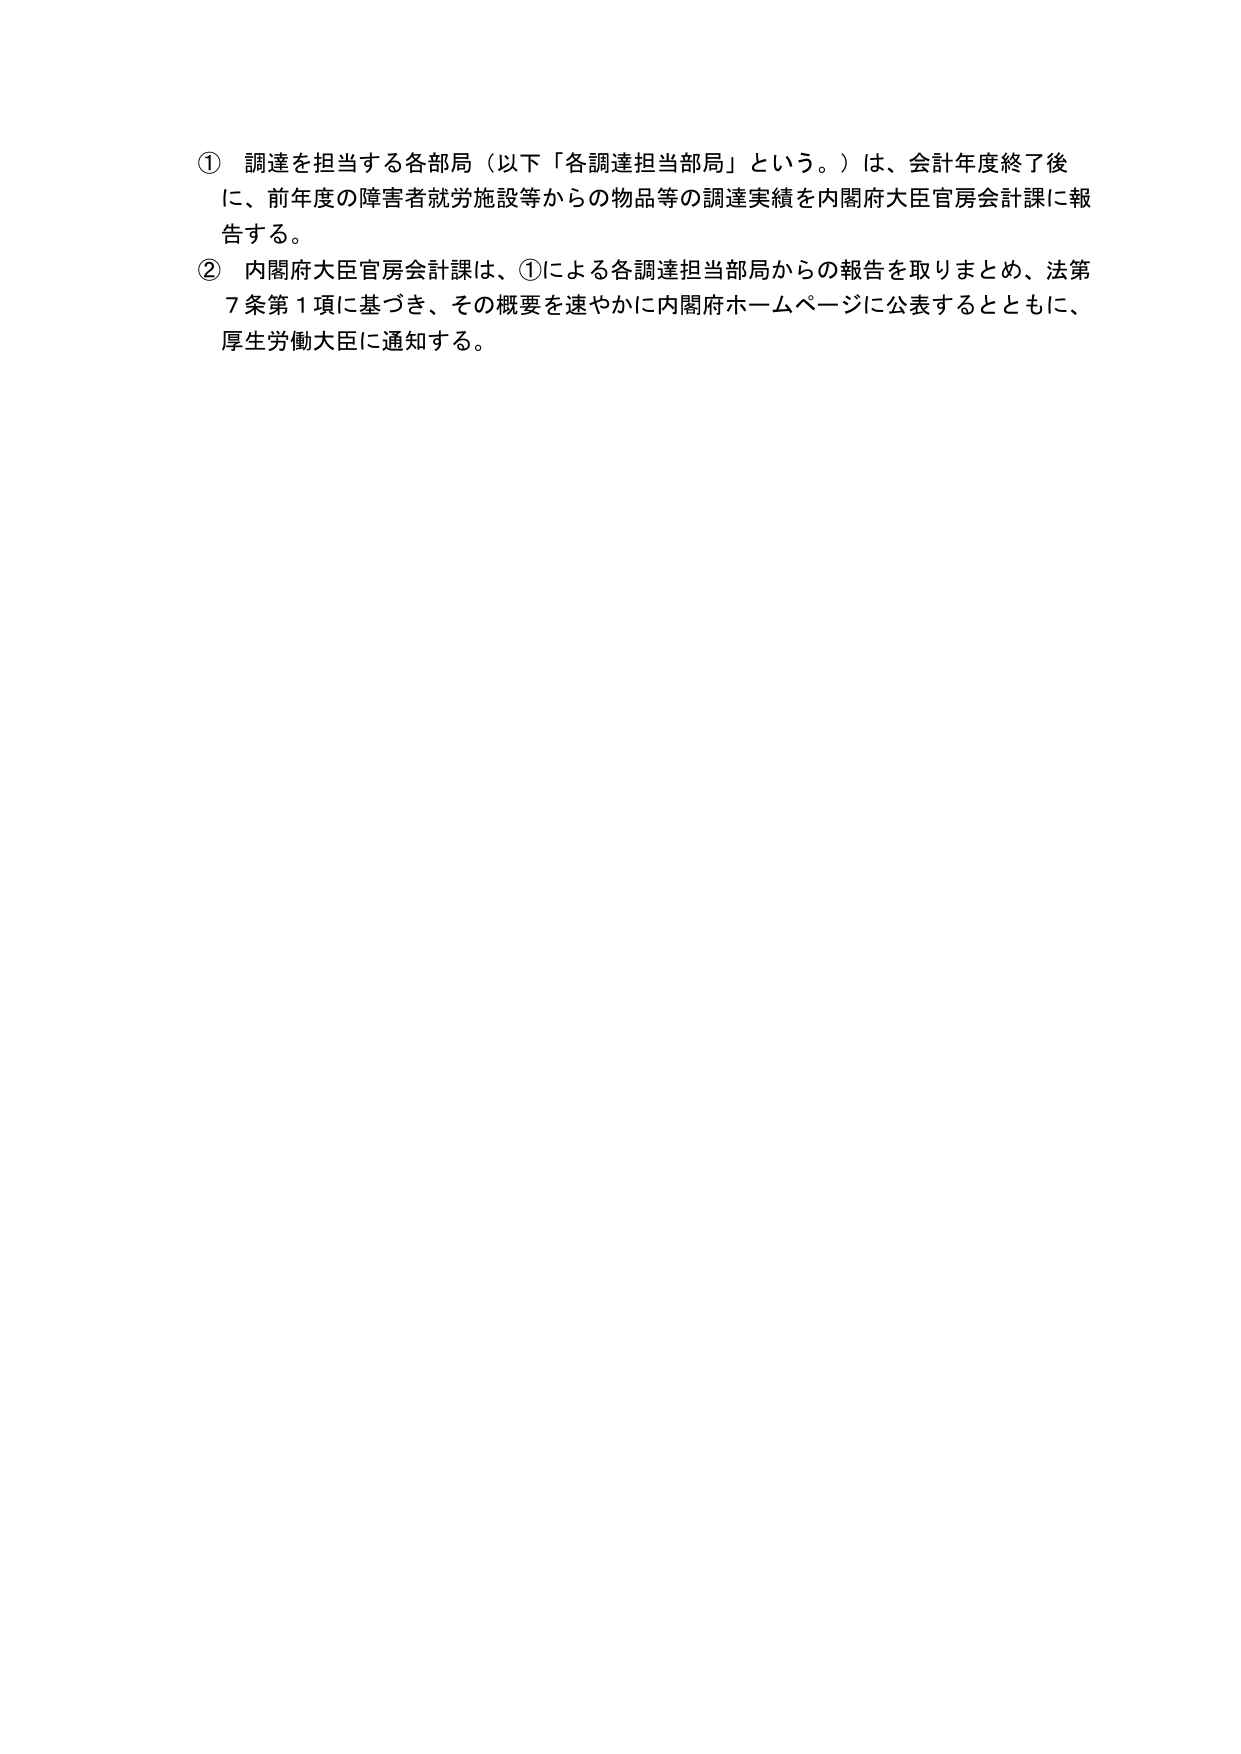
① 調達を担当する各部局（以下「各調達担当部局」という。）は、会計年度終了後に、前年度の障害者就労施設等からの物品等の調達実績を内閣府大臣官房会計課に報告する。

② 内閣府大臣官房会計課は、①による各調達担当部局からの報告を取りまとめ、法第7条第1項に基づき、その概要を速やかに内閣府ホームページに公表するとともに、厚生労働大臣に通知する。